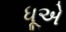
ધૂએ